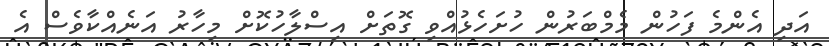
އަދި އެންމެ ފަހުން މެމްބަރުން ހުށަހެޅުއްވި ގޮތަށް އިސްލާހުކޮށް މިހާރު އަނެއްކާވެސް އެ